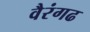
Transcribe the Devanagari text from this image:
वैरंगढ